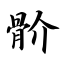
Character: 骱